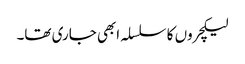
لیکچروں کا سلسلہ ابھی جاری تھا۔